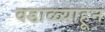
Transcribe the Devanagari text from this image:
वडाळ्याहून